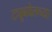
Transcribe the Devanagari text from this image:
ट्यूबवेलच्या